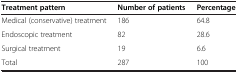
<table><thead><tr><td><b>Treatment pattern</b></td><td><b>Number of patients</b></td><td><b>Percentage</b></td></tr></thead><tbody><tr><td>Medical (conservative) treatment</td><td>186</td><td>64.8</td></tr><tr><td>Endoscopic treatment</td><td>82</td><td>28.6</td></tr><tr><td>Surgical treatment</td><td>19</td><td>6.6</td></tr><tr><td>Total</td><td>287</td><td>100</td></tr></tbody></table>